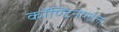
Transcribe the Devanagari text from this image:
कॉण्टिनेण्टल